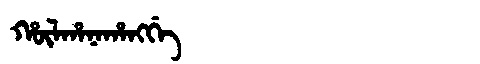
Manchu: ᡥᡡᠯᡥᠠᠨᠠᡥᠠᠩᡤᡝ
Romanization: HŪLHANAHANGGE